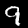
Digit: 9